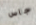
جاس